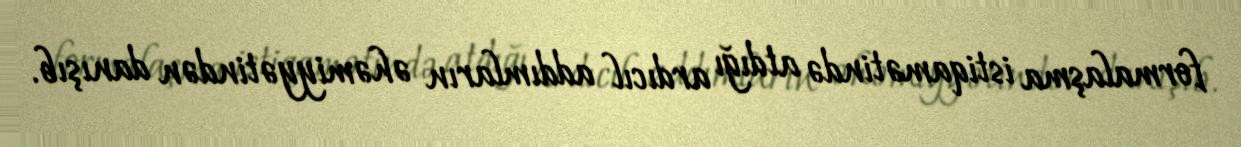
formalaşma istiqamətində atdığı ardıcıl addımların əhəmiyyətindən danışıb.